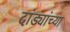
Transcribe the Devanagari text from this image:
दांड्यांच्या